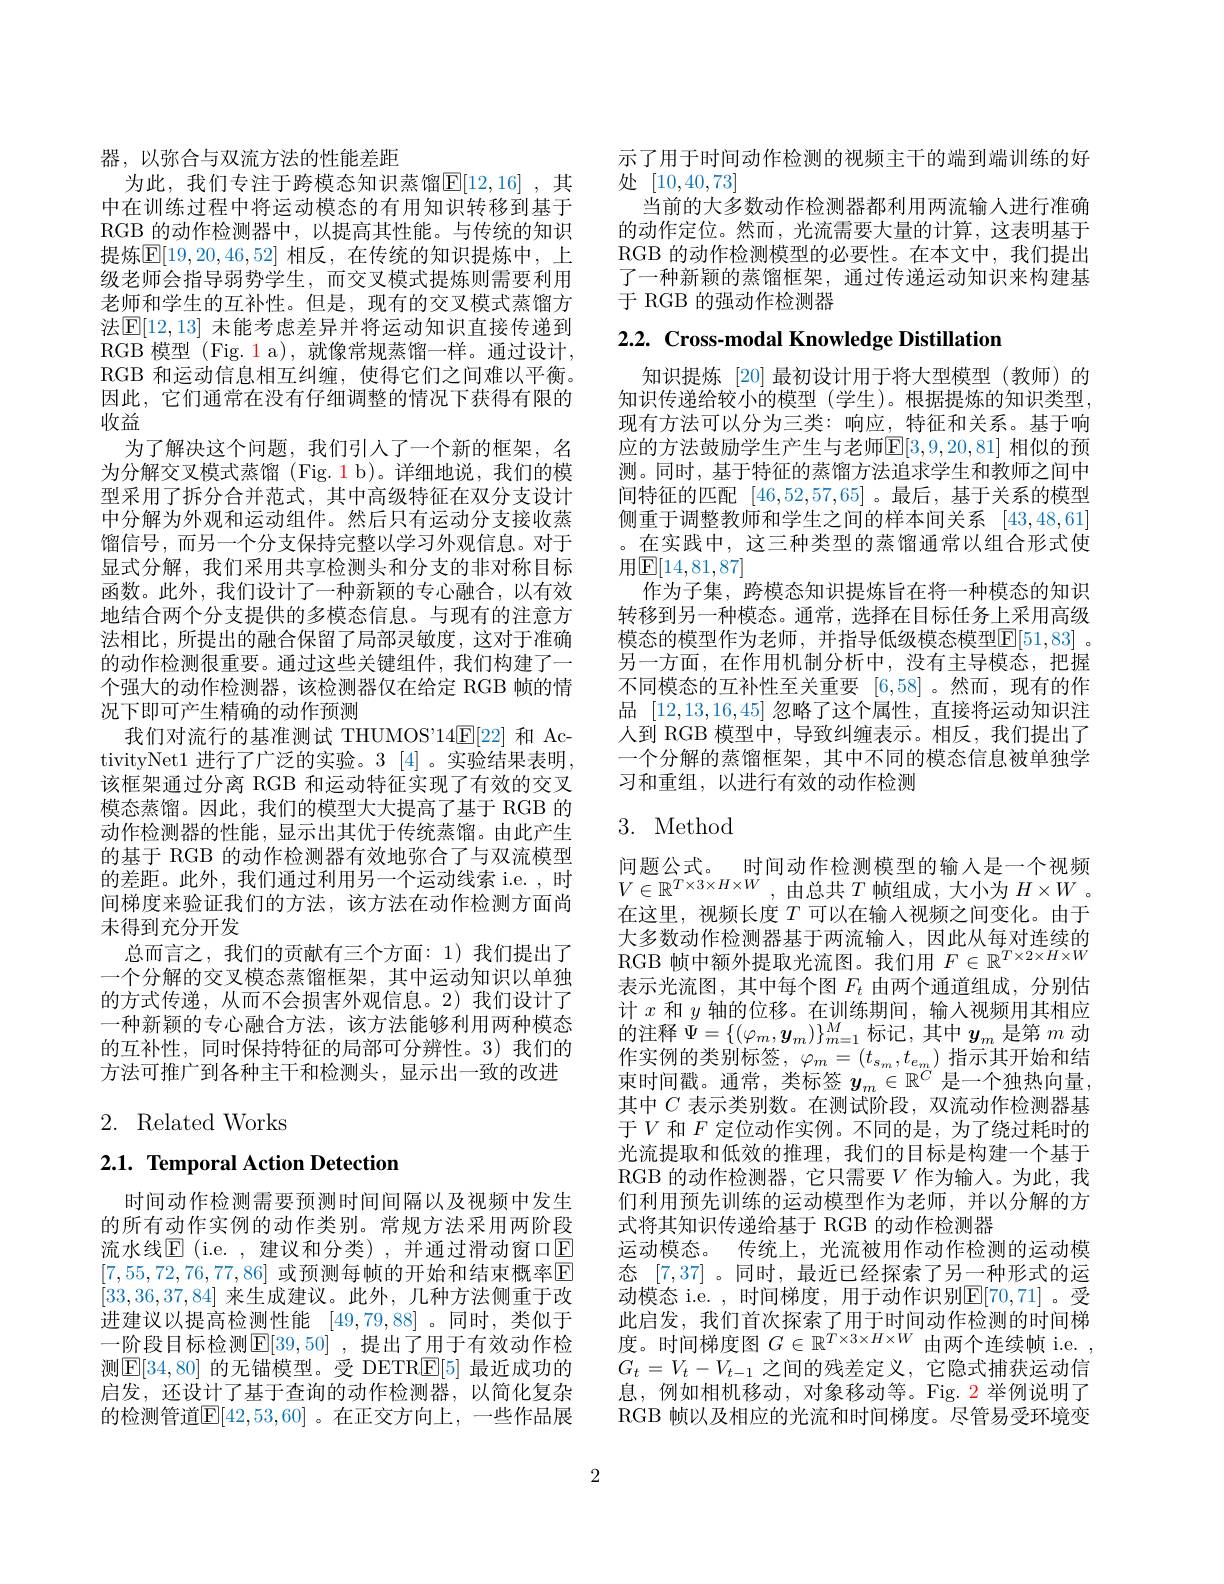
器，以弥合与双流方法的性能差距
为此，我们专注于跨模态知识蒸馏$\mathbb{E}[12,16]$,其中在训练过程中将运动模态的有用知识转移到基于RGB 的动作检测器中，以提高其性能。与传统的知识提炼$\overline{\mathbb{E}}[19,20,46,52]$ 相反，在传统的知识提炼中，上级老师会指导弱势学生，而交叉模式提炼则需要利用老师和学生的互补性。但是，现有的交叉模式蒸馏方法$\mathbb{E}[12,13]$ 未能考虑差异并将运动知识直接传递到RGB 模型 (Fig. 1 a), 就像常规蒸馏一样。通过设计， RGB 和运动信息相互纠缠，使得它们之间难以平衡。因此，它们通常在没有仔细调整的情况下获得有限的收益
为了解决这个问题，我们引人了一个新的框架，名为分解交叉模式蒸馏 (Fig. 1 b)。详细地说，我们的模型采用了拆分合并范式，其中高级特征在双分支设计中分解为外观和运动组件。然后只有运动分支接收蒸馏信号，而另一个分支保持完整以学习外观信息。对于显式分解，我们采用共享检测头和分支的非对称目标函数。此外，我们设计了一种新颖的专心融合，以有效地结合两个分支提供的多模态信息。与现有的注意方法相比，所提出的融合保留了局部灵敏度，这对于准确的动作检测很重要。通过这些关键组件，我们构建了一个强大的动作检测器，该检测器仅在给定 RGB 帧的情况下即可产生精确的动作预测
我们对流行的基准测试 THUMOS'14E[ 22] 和 ActivityNet1 进行了广泛的实验。3 [4]。实验结果表明该框架通过分离 RGB 和运动特征实现了有效的交叉模态蒸馏。因此，我们的模型大大提高了基于 RGB 的动作检测器的性能，显示出其优于传统蒸馏。由此产生的基于 RGB 的动作检测器有效地弥合了与双流模型的差距。此外，我们通过利用另一个运动线索 i.e. ,时间梯度来验证我们的方法，该方法在动作检测方面尚末得到充分开发
总而言之，我们的贡献有三个方面：1)我们提出了一个分解的交叉模态蒸馏框架，其中运动知识以单独的方式传递，从而不会损害外观信息。2)我们设计了一种新颖的专心融合方法，该方法能够利用两种模态的互补性，同时保持特征的局部可分辨性。3)我们的方法可推广到各种主干和检测头，显示出一致的改进

# 2. Related Works

# 2.1. Temporal Action Detection

时间动作检测需要预测时间间隔以及视频中发生的所有动作实例的动作类别。常规方法采用两阶段流水线$\boxed{\mathrm{E}}$ (i.e. , 建议和分类) , 并通过滑动窗口E [7,55,72,76,77,86] 或预测每帧的开始和结束概率$\overline{\mathrm{E}}$ [33,36,37,84]来生成建议。此外，几种方法侧重于改进建议以提高检测性能[49,79,88] 。同时，类似于一阶段目标检测$\mathbb{E}[39,50]$ ,提出了用于有效动作检测$\boxed{\mathrm{E}}[34,80]$ 的无错模型。受 DETR$\boxed{\mathrm{E}}[5]$ 最近成功的启发，还设计了基于查询的动作检测器，以简化复杂的检测管道$\overline{\mathrm{E}}[42,53,60]$。在正交方向上，一些作品展

示了用于时间动作检测的视频主干的端到端训练的好
处[10,40,73]
当前的大多数动作检测器都利用两流输人进行准确的动作定位。然而，光流需要大量的计算，这表明基于RGB 的动作检测模型的必要性。在本文中，我们提出了一种新颖的蒸馏框架，通过传递运动知识来构建基于 RGB 的强动作检测器

2.2. Cross-modal Knowledge Distillation

知识提炼 [20]最初设计用于将大型模型(教师)的知识传递给较小的模型(学生)。根据提炼的知识类型， 现有方法可以分为三类：响应，特征和关系。基于响应的方法鼓励学生产生与老师$\mathbb{E}[3,9,20,81]$ 相似的预测。同时，基于特征的蒸馏方法追求学生和教师之间中间特征的匹配[46,52,57,65] 。最后，基于关系的模型侧重于调整教师和学生之间的样本间关系[43,48,61] 。在实践中，这三种类型的蒸馏通常以组合形式使用$\mathbb{E}[14,81,87]$
作为子集，跨模态知识提炼旨在将一种模态的知识转移到另一种模态。通常，选择在目标任务上采用高级模态的模型作为老师，并指导低级模态模型[51,83] 。另一方面，在作用机制分析中，没有主导模态，把握不同模态的互补性至关重要[6,58] 。然而，现有的作品[12,13,16,45]忽略了这个属性，直接将运动知识注人到 RGB 模型中，导致纠缠表示。相反，我们提出了一个分解的蒸馏框架，其中不同的模态信息被单独学习和重组，以进行有效的动作检测

## 3. Method

问题公式。时间动作检测模型的输入是一个视频$V\in\mathbb{R}^{T\times3\times H\times W}$,由总共$T$帧组成，大小为$H\times W$。在这里，视频长度$T$可以在输入视频之间变化。由于大多数动作检测器基于两流输入，因此从每对连续的RGB 帧中额外提取光流图。我们用$F\in\mathbb{R}^T\times2\times H\times W$ 表示光流图，其中每个图$F_t$由两个通道组成，分别估计$x$和$y$轴的位移。在训练期间，输入视频用其相应的注释$\Psi=\{(\varphi_m,\boldsymbol{y}_m)\}_{m=1}^M$标记，其中$y_m$ 是第 $m$ 动作实例的类别标签，$\varphi_m=(t_{s_m},t_{e_m})$指示其开始和结束时间戳。通常，类标签$y_m\in\mathbb{R}^C$是一个独热向量其中$C$表示类别数。在测试阶段，双流动作检测器基于$V$和$F$定位动作实例。不同的是，为了绕过耗时的光流提取和低效的推理，我们的目标是构建一个基于RGB 的动作检测器，它只需要$V$ 作为输人。为此，我们利用预先训练的运动模型作为老师，并以分解的方式将其知识传递给基于 RGB 的动作检测器
运动模态。传统上，光流被用作动作检测的运动模态[7,37] 。同时，最近已经探索了另一种形式的运动模态 i.e. , 时间梯度，用于动作识别$\mathbb{E}[70,71]$。受此启发，我们首次探索了用于时间动作检测的时间梯度。时间梯度图$G\in\mathbb{R}^T\times3\times H\times W$由两个连续帧 i.e. , $G_t=V_t-V_{t-1}$之间的残差定义，它隐式捕获运动信息，例如相机移动，对象移动等。Fig.2 举例说明了RGB 帧以及相应的光流和时间梯度。尽管易受环境变

2